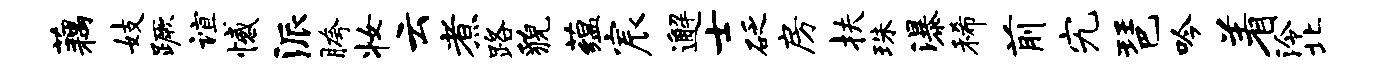
藕妓蹶谊憾派胯妆云煮路貌蕴宸邂士砭房扶珠瀑稀前究琶吟着泠北